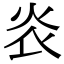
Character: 𤆟